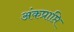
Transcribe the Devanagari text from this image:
अंकप्राप्ति